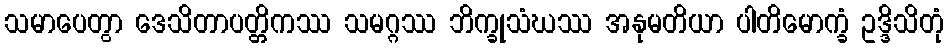
သမာပေတွာ ဒေသိတာပတ္တိကဿ သမဂ္ဂဿ ဘိက္ခုသံဃဿ အနုမတိယာ ပါတိမောက္ခံ ဥဒ္ဒိသိတုံ